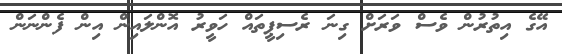
އޭގެ އިތުރުން ވެސް ވަރަށް ގިނަ ރެސިޕީތައް ހަވީރު އޮންލައިން އިން ފެންނަން